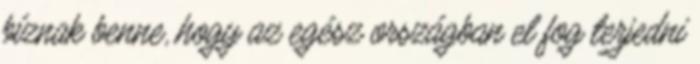
bíznak benne, hogy az egész országban el fog terjedni